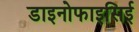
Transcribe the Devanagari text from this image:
डाइनोफाइसिई